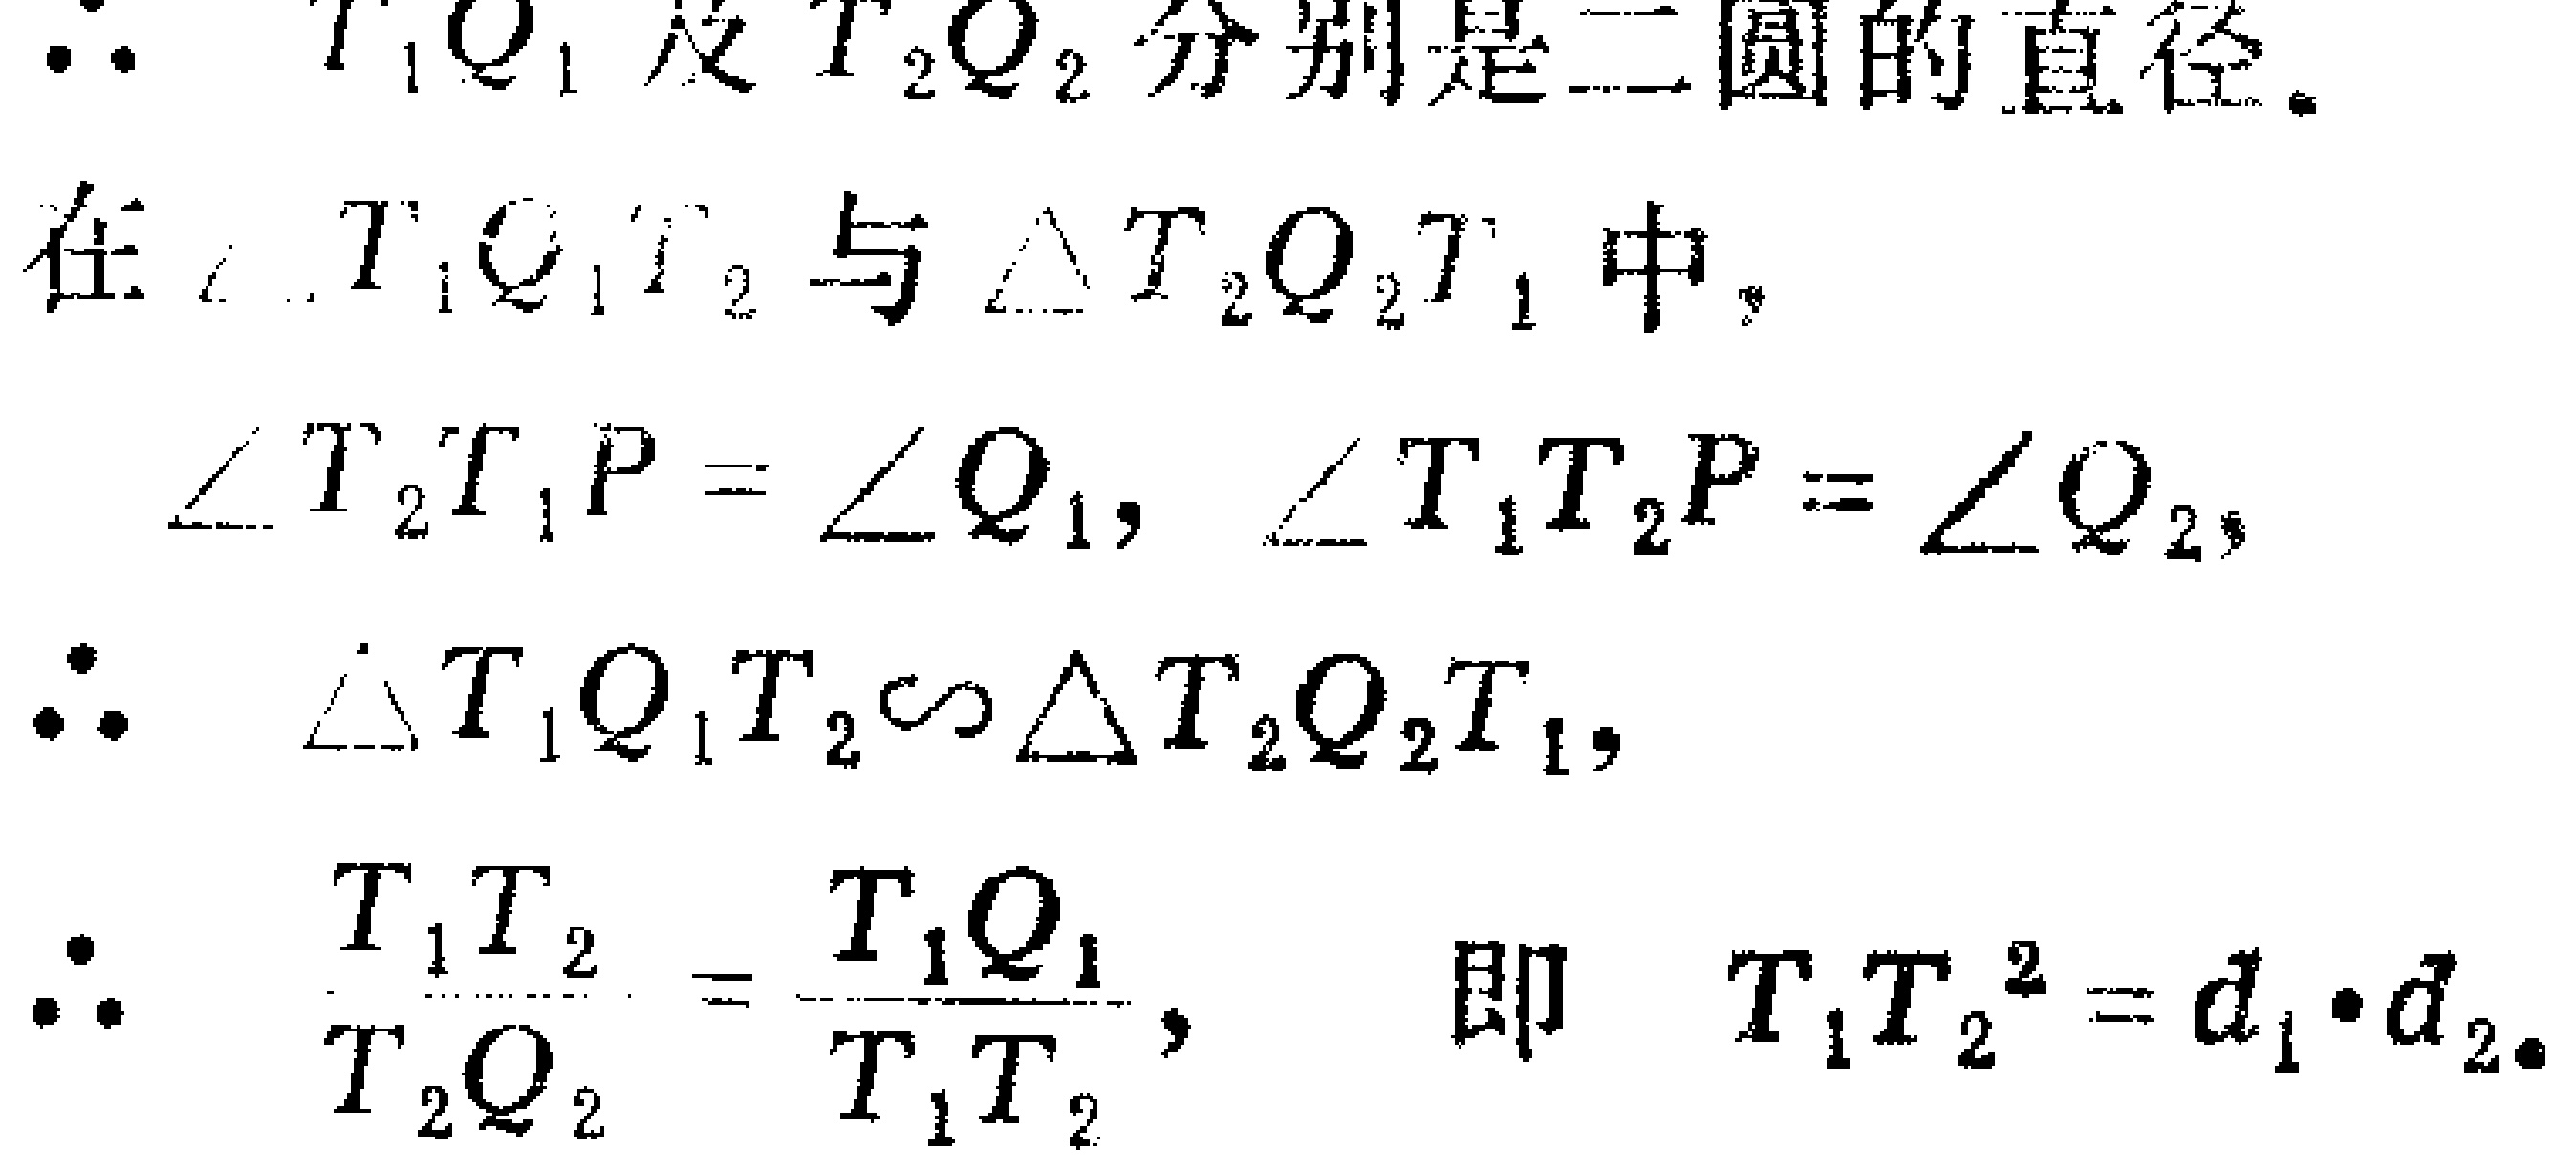
$\therefore\ T_1Q_1及T_2Q_2分别是二圆的直径。$
$在\triangle T_1Q_1T_2与\triangle T_2Q_2T_1中,$
$\angle T_2T_1P=\angle Q_1, \angle T_1T_2P=\angle Q_2,$
$\therefore\ \triangle T_1Q_1T_2\sim\triangle T_2Q_2T_1,$
$\therefore\ \frac{T_1T_2}{T_2Q_2}=\frac{T_1Q_1}{T_1T_2}, 即\ T_1T_2^2 = d_1\cdot d_2。$